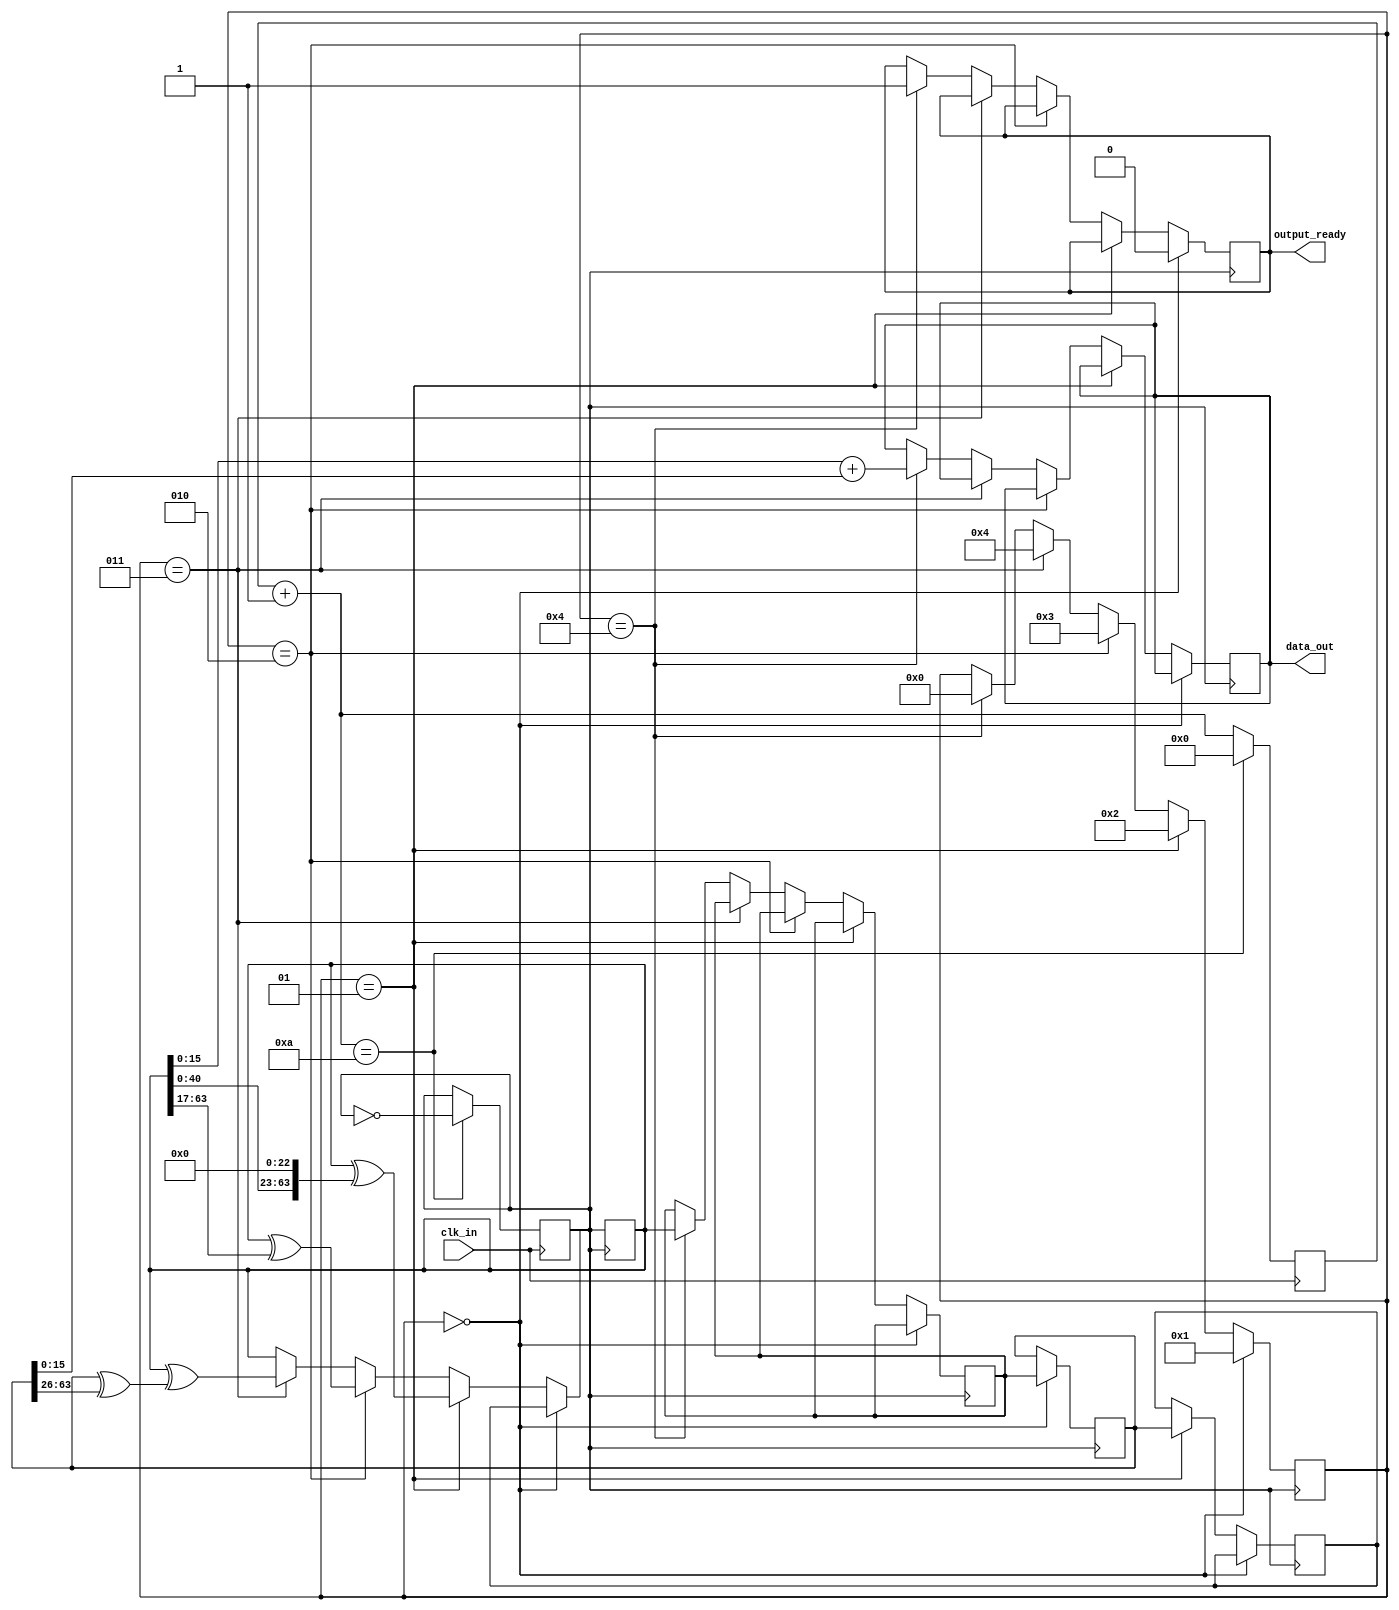
module xorshift(
    input clk_in,
    output reg [15:0] data_out,
    output reg output_ready
  );

  reg [63:0] state0, state1;
  reg [63:0] s, t, temp;
  reg clk;
  reg [26:0] clk_delay;
  integer state;

  initial begin
    clk = 0;
    clk_delay = 0;
    state0 = 64'd100000;
    state1 = 64'd100;
    state = 0;
  end

  always @ (posedge clk_in) begin
    clk_delay = clk_delay+1;
    if(clk_delay==27'd10)
    begin
      clk_delay = 0;
      clk = ~clk;
    end
  end

  always @ ( posedge clk ) begin
    if(state==0)
    begin
      t <= state0;
      s <= state1;
      state <= 1;
      output_ready <= 0;
    end
    else if(state==1)
    begin
    state0 <= s;
      t <= t^(t<<23);
      state <= 2;
    end
    else if(state==2)
    begin
      t <= t^(t>>17);
      state <= 3;
    end
    else if(state==3)
    begin
      t <= t^(s^(s>>26));
      state <= 4;
    end
    else if(state == 4)
    begin
      state1 <= t;
      temp = t+s;
      data_out <= temp[15:0];
      output_ready <= 1;
      state <= 0;
    end
  end

endmodule